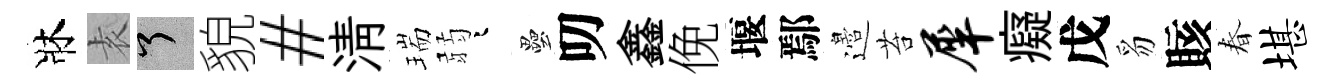
牀𡊮了貌#清瑞弱迢壘叨鑫俛堰鄢邉苔犀癡戊豸賅春堪